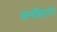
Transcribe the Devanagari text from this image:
बनबिहारी